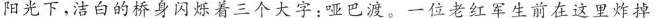
阳光下，洁白的桥身闪烁着三个大字：哑巴渡。一位老红军生前在这里炸掉